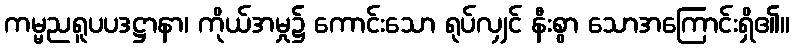
ကမ္မညရူပပဒဋ္ဌာနာ၊ ကိုယ်အမှု၌ ကောင်းသော ရုပ်လျှင် နီးစွာ သောအကြောင်းရှိ၏။